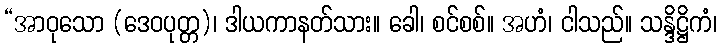
“အာဝုသော (ဒေဝပုတ္တ)၊ ဒါယကာနတ်သား။ ခေါ၊ စင်စစ်။ အဟံ၊ ငါသည်။ သန္ဒိဋ္ဌိကံ၊